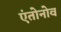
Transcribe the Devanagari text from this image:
एंतोनोव